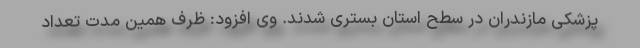
پزشکی مازندران در سطح استان بستری شدند. وی افزود: ظرف همین مدت تعداد